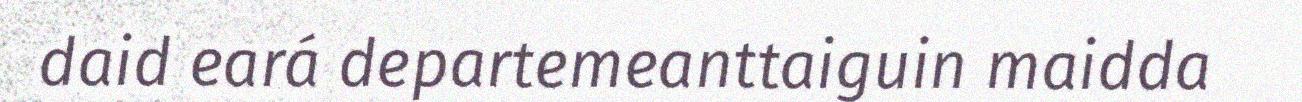
daid eará departemeanttaiguin maidda